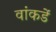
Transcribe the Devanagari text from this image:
वांकडें